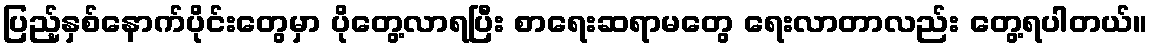
ပြည့်နှစ်နောက်ပိုင်းတွေမှာ ပိုတွေ့လာရပြီး စာရေးဆရာမတွေ ရေးလာတာလည်း တွေ့ရပါတယ်။